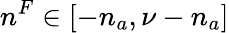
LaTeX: n^{F}\in[-n_{a},\nu-n_{a}]